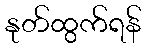
နုတ်ထွက်ရန်